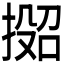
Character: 𫽟